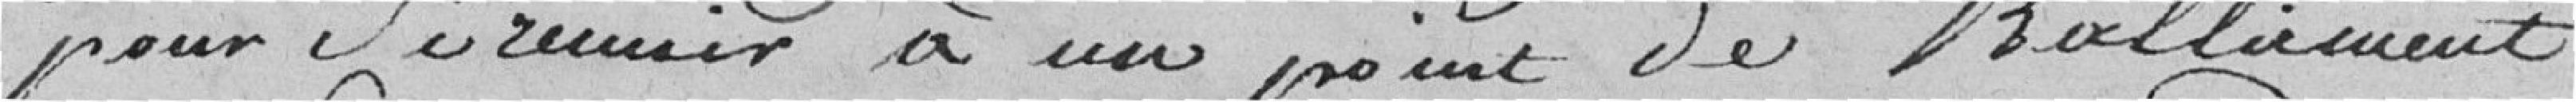
pour se réunir à un point de ralliement